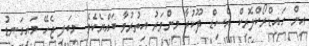
އިން ހައިޑްރޯކްލޮރިކް އެސިޑް ދޫކުރާ މިންވަރު އިތުރުވާ ބައްޔެކެވެ. މިބަލި ޖެހޭ މައިގަނޑު